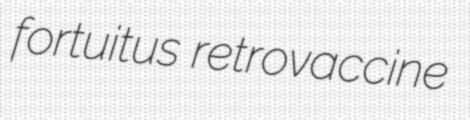
fortuitus retrovaccine